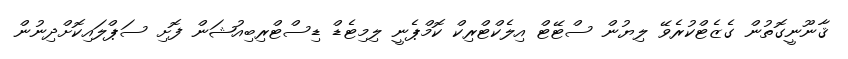
ޤާނޫނީގޮތުން ގެޒެޓްކުރެވޭ ލިޔުން ސްޓޭޓް އިލެކްޓްރިކް ކޮމްޕެނީ ލިމިޓެޑް ޑިސްޓްރިބިއުޝަން ފޮށި ސަޕްލައިކޮށްދިނުން